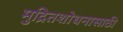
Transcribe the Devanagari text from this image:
मुद्रितशोधनासाठी